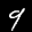
Label: 9